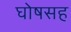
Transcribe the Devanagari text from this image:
घोषसह